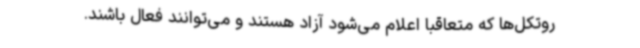
روتکل‌ها که متعاقبا اعلام می‌شود آزاد هستند و می‌توانند فعال باشند.